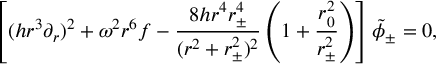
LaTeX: \left[ ( h r ^ { 3 } \partial _ { r } ) ^ { 2 } + \omega ^ { 2 } r ^ { 6 } f - { \frac { 8 h r ^ { 4 } r _ { \pm } ^ { 4 } } { ( r ^ { 2 } + r _ { \pm } ^ { 2 } ) ^ { 2 } } } \left( 1 + { \frac { r _ { 0 } ^ { 2 } } { r _ { \pm } ^ { 2 } } } \right) \right] \tilde { \phi } _ { \pm } = 0 ,